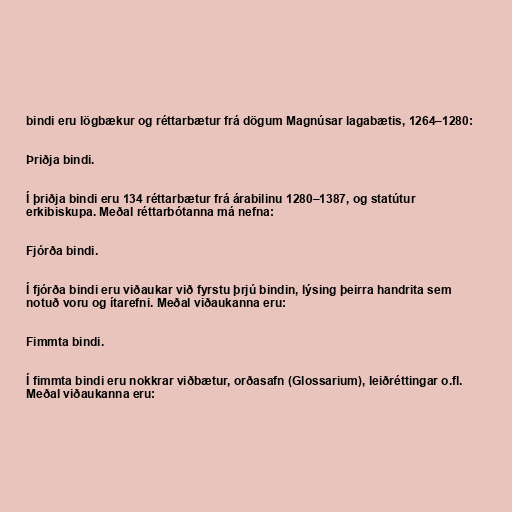
bindi eru lögbækur og réttarbætur frá dögum Magnúsar lagabætis, 1264–1280:

Þriðja bindi.

Í þriðja bindi eru 134 réttarbætur frá árabilinu 1280–1387, og statútur
erkibiskupa. Meðal réttarbótanna má nefna:

Fjórða bindi.

Í fjórða bindi eru viðaukar við fyrstu þrjú bindin, lýsing þeirra handrita sem
notuð voru og ítarefni. Meðal viðaukanna eru:

Fimmta bindi.

Í fimmta bindi eru nokkrar viðbætur, orðasafn (Glossarium), leiðréttingar o.fl.
Meðal viðaukanna eru: